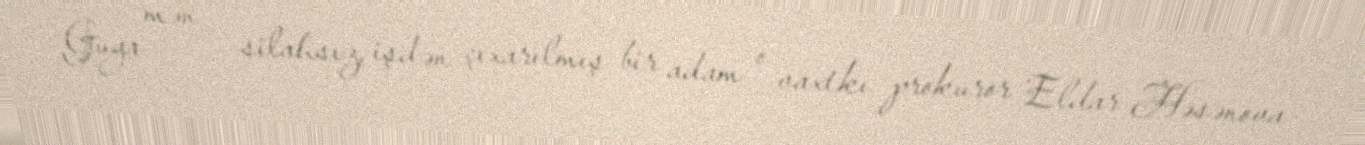
Guya mən – silahsız, işdən çıxarılmış bir adam o vaxtkı prokuror Eldar Həsənova